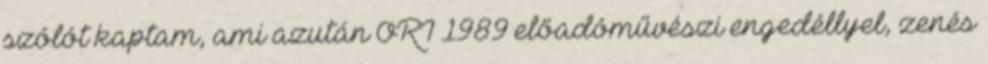
szólót kaptam, ami azután ORI 1989 előadóművészi engedéllyel, zenés